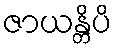
ဇာယန္တိပိ